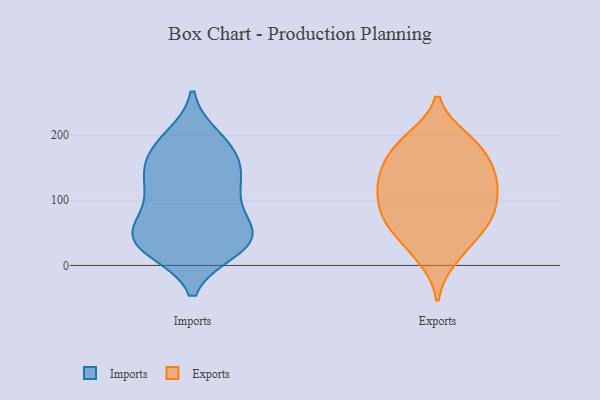
{"axis": {"x": "Inventory Turnover", "y": "Value"}, "legend": ["Exports", "Imports"], "data": [{"x": "", "y": 181, "type": "Imports"}, {"x": "", "y": 184, "type": "Imports"}, {"x": "", "y": 39, "type": "Imports"}, {"x": "", "y": 195, "type": "Imports"}, {"x": "", "y": 75, "type": "Imports"}, {"x": "", "y": 25, "type": "Imports"}, {"x": "", "y": 40, "type": "Imports"}, {"x": "", "y": 49, "type": "Imports"}, {"x": "", "y": 116, "type": "Imports"}, {"x": "", "y": 142, "type": "Imports"}, {"x": "", "y": 108, "type": "Imports"}, {"x": "", "y": 73, "type": "Imports"}, {"x": "", "y": 35, "type": "Imports"}, {"x": "", "y": 40, "type": "Imports"}, {"x": "", "y": 29, "type": "Imports"}, {"x": "", "y": 133, "type": "Imports"}, {"x": "", "y": 139, "type": "Imports"}, {"x": "", "y": 169, "type": "Imports"}, {"x": "", "y": 104, "type": "Exports"}, {"x": "", "y": 54, "type": "Exports"}, {"x": "", "y": 11, "type": "Exports"}, {"x": "", "y": 21, "type": "Exports"}, {"x": "", "y": 139, "type": "Exports"}, {"x": "", "y": 124, "type": "Exports"}, {"x": "", "y": 102, "type": "Exports"}, {"x": "", "y": 73, "type": "Exports"}, {"x": "", "y": 180, "type": "Exports"}, {"x": "", "y": 125, "type": "Exports"}, {"x": "", "y": 63, "type": "Exports"}, {"x": "", "y": 78, "type": "Exports"}, {"x": "", "y": 192, "type": "Exports"}, {"x": "", "y": 135, "type": "Exports"}, {"x": "", "y": 182, "type": "Exports"}, {"x": "", "y": 145, "type": "Exports"}, {"x": "", "y": 89, "type": "Exports"}, {"x": "", "y": 54, "type": "Exports"}, {"x": "", "y": 194, "type": "Exports"}, {"x": "", "y": 160, "type": "Exports"}]}